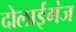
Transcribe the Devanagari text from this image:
दोलाईगंज